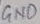
Text: GND